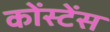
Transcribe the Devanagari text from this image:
कोंस्टेंस